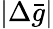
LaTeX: |\Delta\bar{g}|